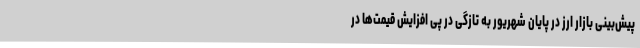
پیش‌بینی بازار ارز در پایان شهریور به تازگی در پی افزایش قیمت‌ها در